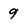
Character: 9